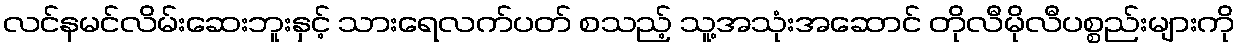
လင်နမင်လိမ်းဆေးဘူးနှင့် သားရေလက်ပတ် စသည့် သူ့အသုံးအဆောင် တိုလီမိုလီပစ္စည်းများကို